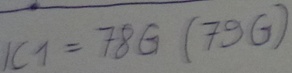
Text: IC1=78G(79G)